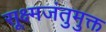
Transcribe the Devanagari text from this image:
सूक्ष्मजंतुमुक्त